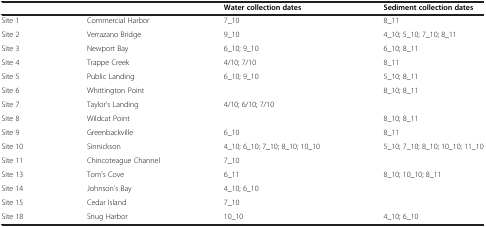
<table><thead><tr><td><b> </b></td><td><b> </b></td><td><b>Water collection dates</b></td><td><b>Sediment collection dates</b></td></tr></thead><tbody><tr><td>Site 1</td><td>Commercial Harbor</td><td>7_10</td><td>8_11</td></tr><tr><td>Site 2</td><td>Verrazano Bridge</td><td>9_10</td><td>4_10; 5_10; 7_10; 8_11</td></tr><tr><td>Site 3</td><td>Newport Bay</td><td>6_10; 9_10</td><td>6_10; 8_11</td></tr><tr><td>Site 4</td><td>Trappe Creek</td><td>4/10; 7/10</td><td>8_11</td></tr><tr><td>Site 5</td><td>Public Landing</td><td>6_10; 9_10</td><td>5_10; 8_11</td></tr><tr><td>Site 6</td><td>Whittington Point</td><td> </td><td>8_10; 8_11</td></tr><tr><td>Site 7</td><td>Taylor&#x27;s Landing</td><td>4/10; 6/10; 7/10</td><td> </td></tr><tr><td>Site 8</td><td>Wildcat Point</td><td> </td><td>8_10; 8_11</td></tr><tr><td>Site 9</td><td>Greenbackville</td><td>6_10</td><td>8_11</td></tr><tr><td>Site 10</td><td>Sinnickson</td><td>4_10; 6_10; 7_10; 8_10; 10_10</td><td>5_10; 7_10; 8_10; 10_10; 11_10</td></tr><tr><td>Site 11</td><td>Chincoteague Channel</td><td>7_10</td><td> </td></tr><tr><td>Site 13</td><td>Tom&#x27;s Cove</td><td>6_11</td><td>8_10; 10_10; 8_11</td></tr><tr><td>Site 14</td><td>Johnson&#x27;s Bay</td><td>4_10; 6_10</td><td> </td></tr><tr><td>Site 15</td><td>Cedar Island</td><td>7_10</td><td> </td></tr><tr><td>Site 18</td><td>Snug Harbor</td><td>10_10</td><td>4_10; 6_10</td></tr></tbody></table>